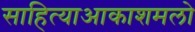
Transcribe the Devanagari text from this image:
साहित्याआकाशमलो